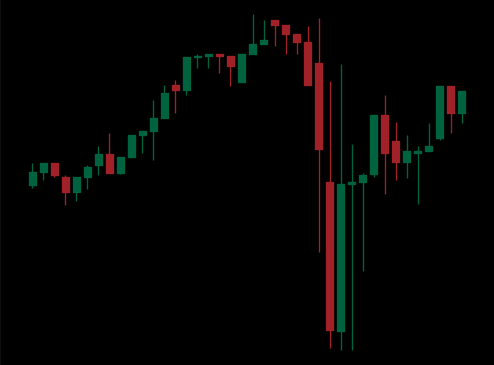
Pattern: unclassified